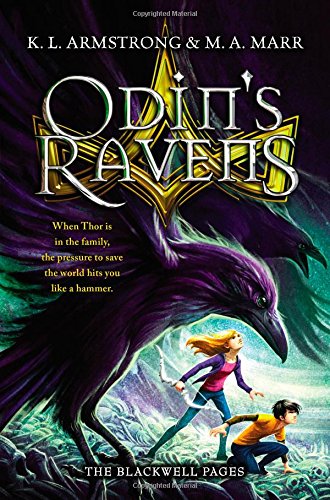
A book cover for Odin's Ravens (The Blackwell Pages); K. L. Armstrong; Children's Books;